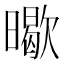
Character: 𭧸